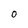
Character: 0